65_HS1-834228961_62-HQ-83894_Section_10
Agency: FBI
Page 73
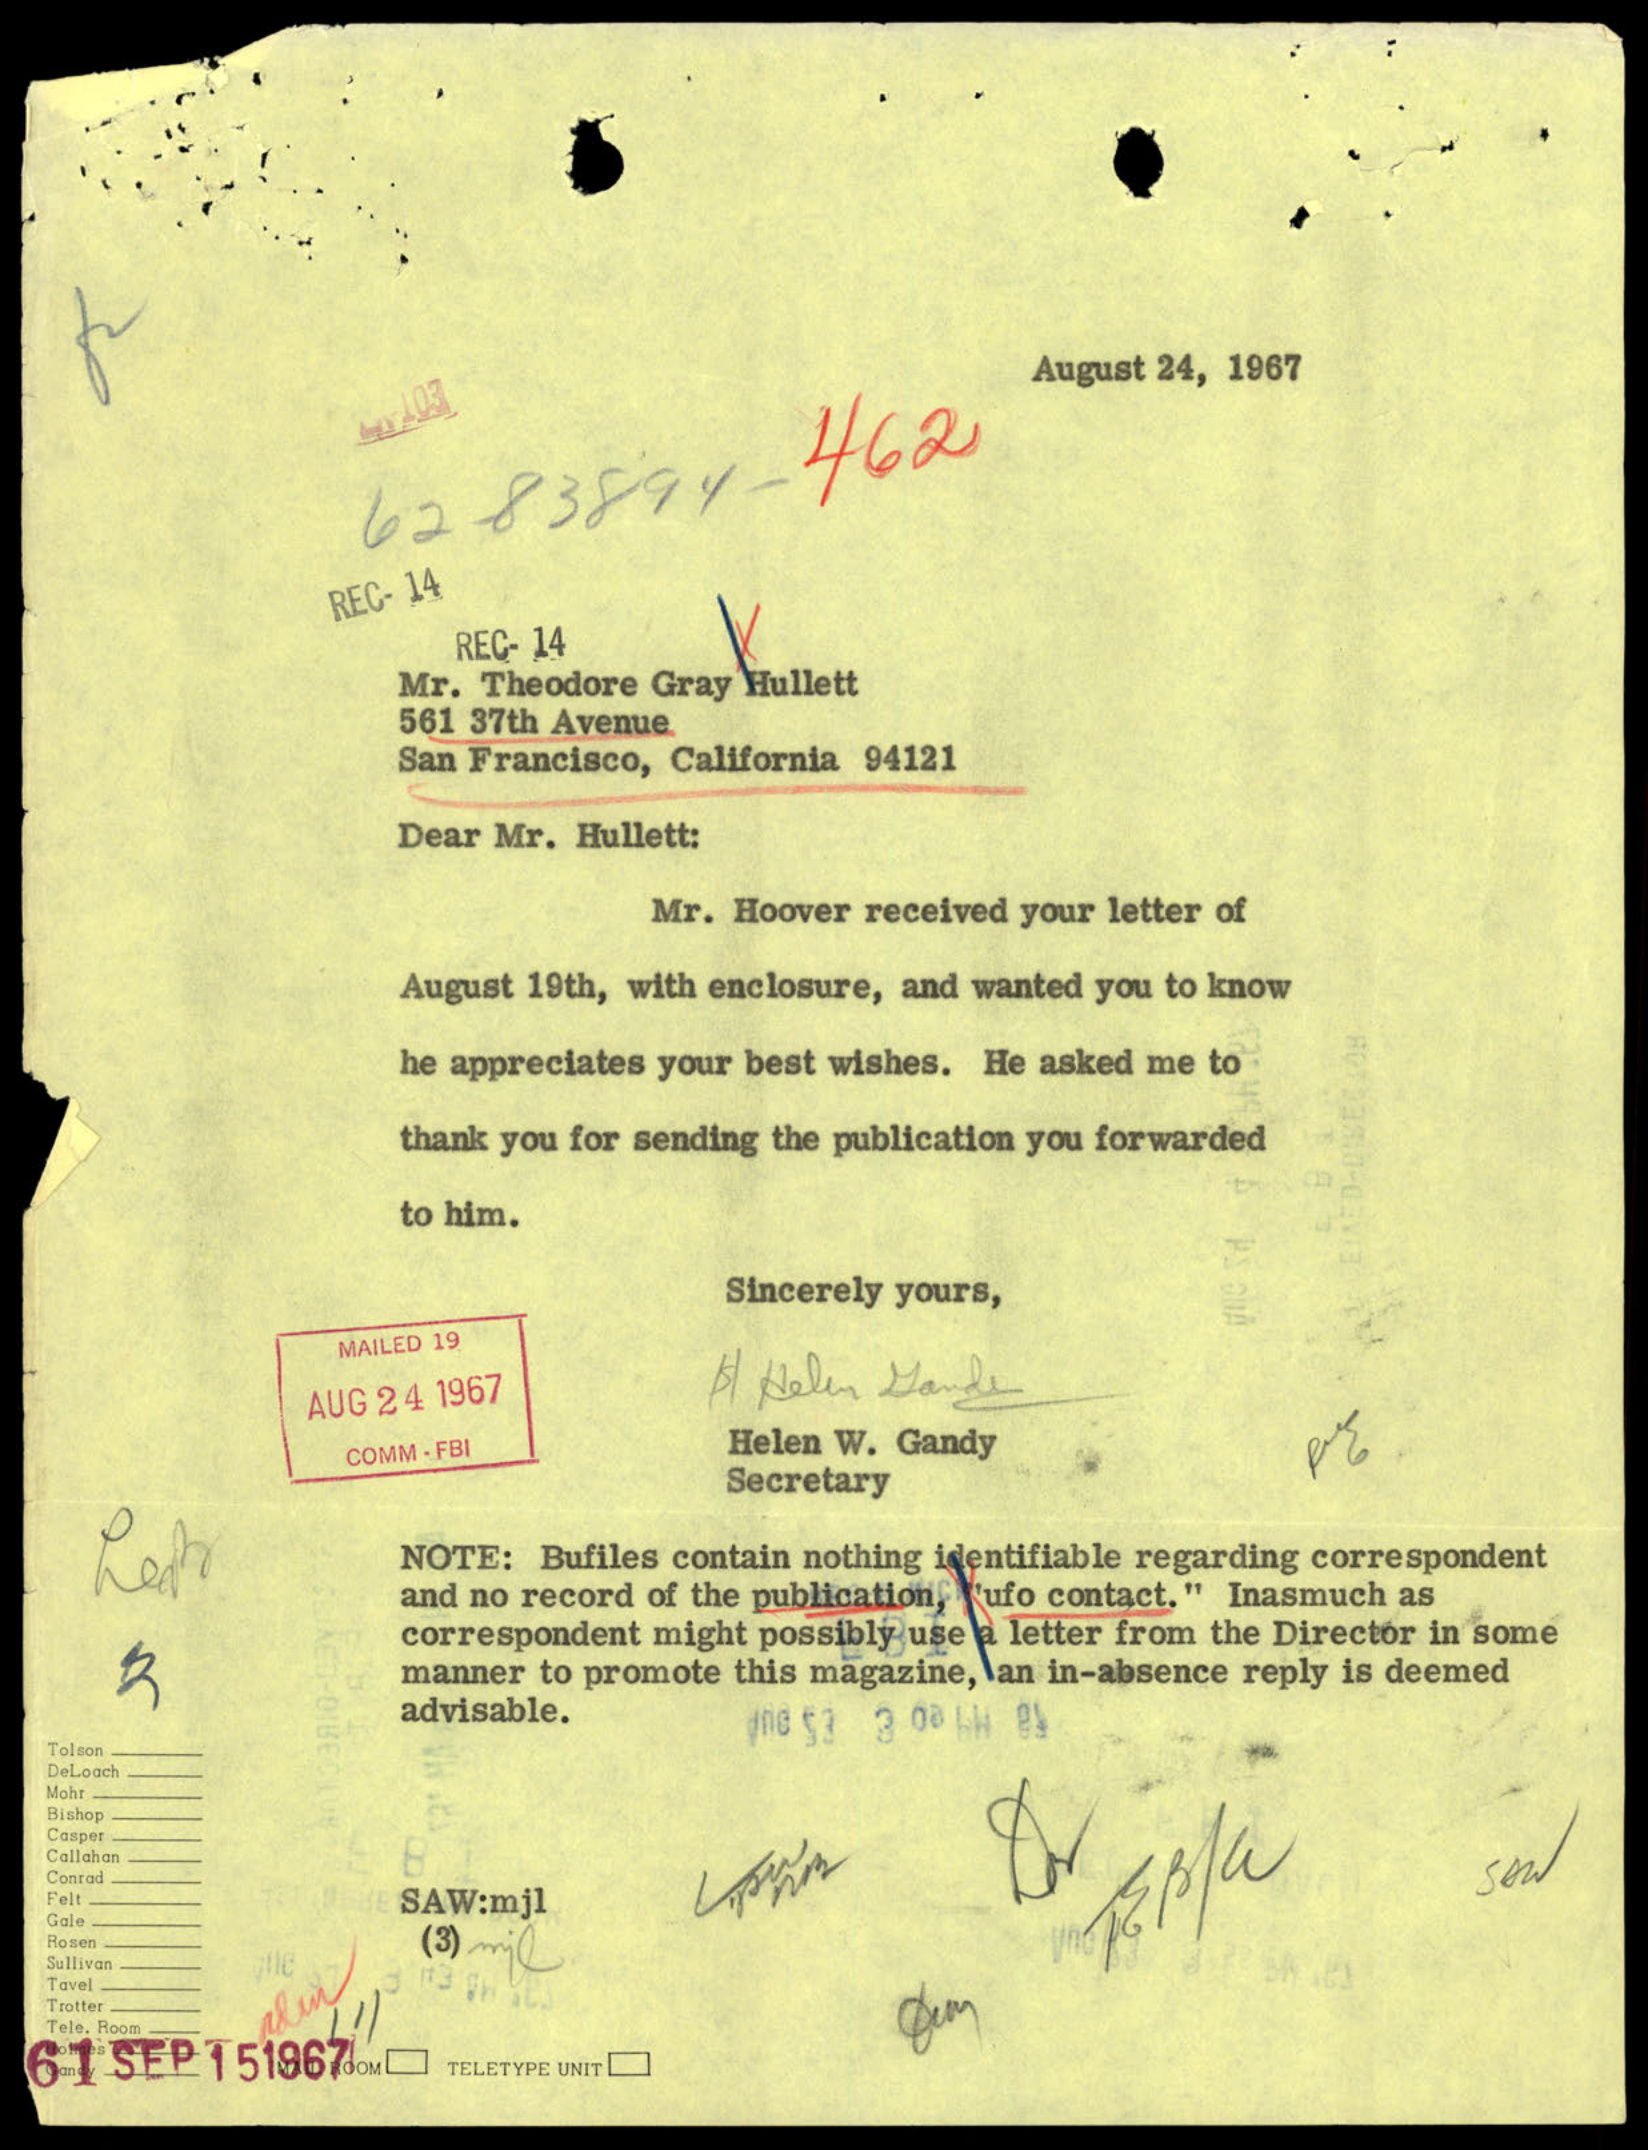